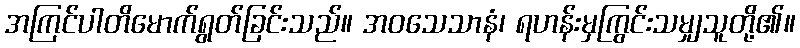
အကြင်ပါတိမောက်ရွတ်ခြင်းသည်။ အဝသေသာနံ၊ ရဟန်းမှကြွင်းသမျှသူတို့၏။